Indian journal of veterinary science and animal husbandry - Volume 2,
Year: 1932
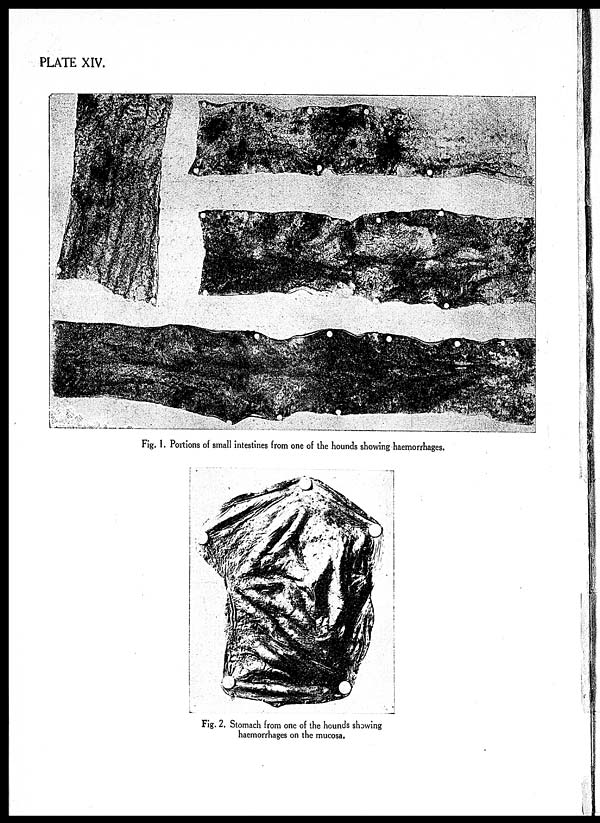
PLATE XIV.
Fig. 1. Po rtions of small intestines from one of the hounds showing haemorrhages.
Fig. 2. Stomach from one of the hounds showing
haemorrhages on the mucosa.